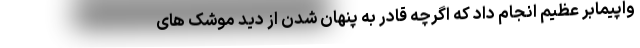
واپیمابر عظیم انجام داد که اگرچه قادر به پنهان شدن از دید موشک های